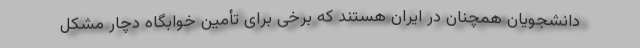
دانشجویان همچنان در ایران هستند که برخی برای تأمین خوابگاه دچار مشکل